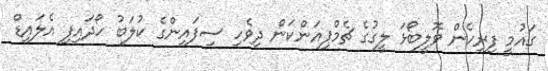
ގައުމީ ފިރިހެން ވޮލީބޯޅަ ލީގުގެ ޗެމްޕިއަންކަން ދިވެހި ސިފައިންގެ ކުލަބު ހޯދައިފި އެލައިޑް